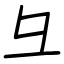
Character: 彑